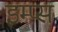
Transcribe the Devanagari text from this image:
इम्प्स